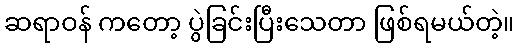
ဆရာဝန် ကတော့ ပွဲခြင်းပြီးသေတာ ဖြစ်ရမယ်တဲ့။